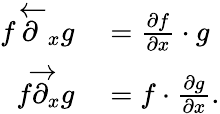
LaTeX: \begin{array}{rl}{f{\overleftarrow{\partial}}_{x}g}&{{}={\frac{\partial f}{\partial x}}\cdot g}\\ {f{\overrightarrow{\partial}}_{x}g}&{{}=f\cdot{\frac{\partial g}{\partial x}}.}\end{array}